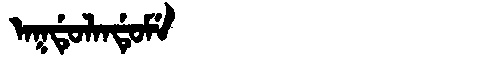
Manchu: ᠠᡴᡩᡠᠯᠠᠨᡩᡠᠮᡝ
Romanization: AKDULANDUME